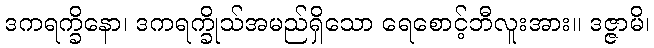
ဒကရက္ခိနော၊ ဒကရက္ခိုသ်အမည်ရှိသော ရေစောင့်ဘီလူးအား။ ဒဇ္ဇာမိ၊